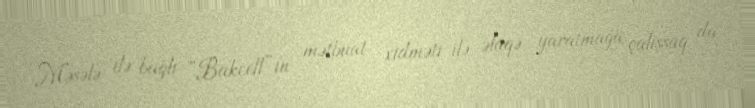
Məsələ ilə bağlı “Bakcell”in mətbuat xidməti ilə əlaqə yaratmağa çalışsaq da